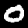
Digit: 0